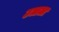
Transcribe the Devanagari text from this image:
उत्तला